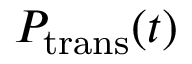
P _ { \mathrm { t r a n s } } ( t )